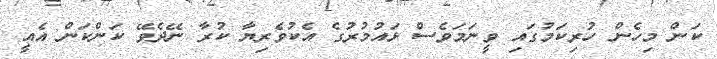
ކަން މިހެން ހުރިކަމުގައި ވީނަމަވެސް ޅައުމުރުގެ އެކުވެރިޔާ ކުރާ ނޭދެވޭ ކަންކަން އެއީ